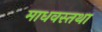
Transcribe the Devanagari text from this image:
माधवस्तथा